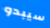
سيبدو